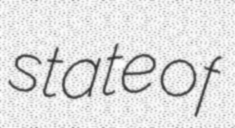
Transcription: state of